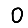
Digit: 0